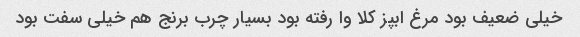
خیلی ضعیف بود مرغ ابپز کلا وا رفته بود بسیار چرب برنج هم خیلی سفت بود